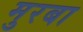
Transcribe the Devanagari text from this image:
मुरबा